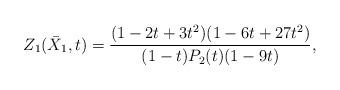
LaTeX: \begin{align*}Z_1(\bar X_1,t) = \frac{(1-2t+3t^2)(1-6t+27t^2)}{(1-t)P_2(t) (1-9t)},\end{align*}